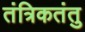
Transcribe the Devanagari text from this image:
तंत्रिकतंतु